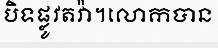
បិទផ្លូវតវ៉ា។លោកបាន